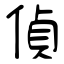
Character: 偵